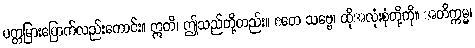
ပတ္တမြားပြောက်လည်းကောင်း။ ဣတိ၊ ဤသည်တို့တည်း။ ဧတေ သဗ္ဗေ၊ ထိုအလုံးစုံတို့ကို။ အတိက္ကမ္မ၊